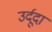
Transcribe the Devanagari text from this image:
उर्दूदां